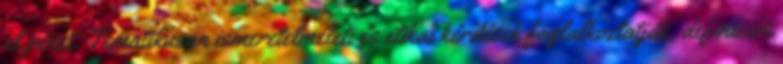
el pénzt. Tematikusan ismeretelméleti és etikai kérdések foglalkoztatják, definíciós